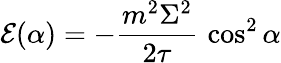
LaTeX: \mathcal{E}(\alpha)=-{\frac{{m^{2}\Sigma^{2}}}{{2\tau}}}\, \cos^{2}\alpha